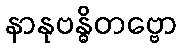
နာနုဗန္ဓိတဗ္ဗော